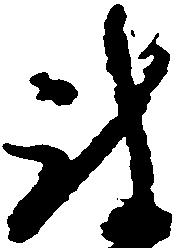
被